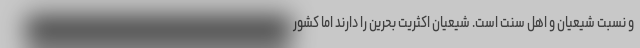
و نسبت شیعیان و اهل سنت است. شیعیان اکثریت بحرین را دارند اما کشور